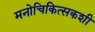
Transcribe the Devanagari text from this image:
मनोचिकित्सकशी